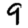
Digit: 9